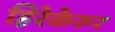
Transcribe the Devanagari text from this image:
हिरेकेरूर